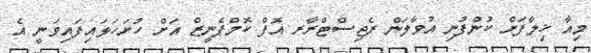
މިއާ ޚިލާފަށް ކުންފުނި އުވާލަން ރެޖިސްޓްރާރ އޮފް ކޮމްޕެނީޒް އަށް ހުށަހަޅައިފައިވަނީ އެ